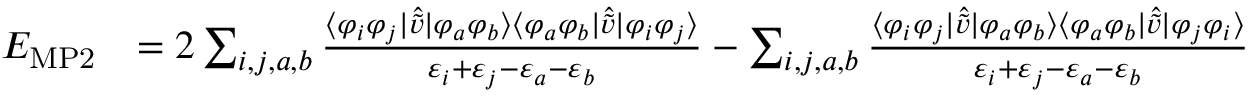
{ \begin{array} { r l } { E _ { \mathrm { M P 2 } } } & { = 2 \sum _ { i , j , a , b } { \frac { \langle \varphi _ { i } \varphi _ { j } | { \hat { \tilde { v } } } | \varphi _ { a } \varphi _ { b } \rangle \langle \varphi _ { a } \varphi _ { b } | { \hat { \tilde { v } } } | \varphi _ { i } \varphi _ { j } \rangle } { \varepsilon _ { i } + \varepsilon _ { j } - \varepsilon _ { a } - \varepsilon _ { b } } } - \sum _ { i , j , a , b } { \frac { \langle \varphi _ { i } \varphi _ { j } | { \hat { \tilde { v } } } | \varphi _ { a } \varphi _ { b } \rangle \langle \varphi _ { a } \varphi _ { b } | { \hat { \tilde { v } } } | \varphi _ { j } \varphi _ { i } \rangle } { \varepsilon _ { i } + \varepsilon _ { j } - \varepsilon _ { a } - \varepsilon _ { b } } } } \end{array} }